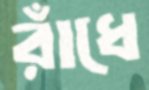
রাঁধে